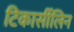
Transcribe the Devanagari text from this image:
टिकार्सीलिन